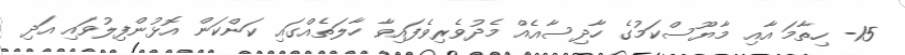
15- ހިތާމަ އާއި މާޔޫސްކަމުގެ ހާދިސާއެއް މެދުވެރިވެފައިވާ ހާލަތެއްގައި ކަންކަން އޮޅުންފިލުވައި އަދި